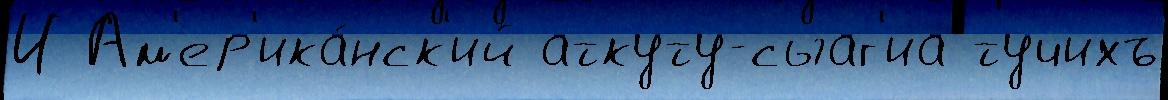
И Ам'ер'ика́нск'ий аткуту-сыаг'иа тучихъ